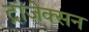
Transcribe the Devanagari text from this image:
ट्रांजेक्सन